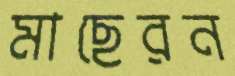
মাছেরন